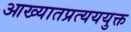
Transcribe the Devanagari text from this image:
आख्यातप्रत्यययुक्त